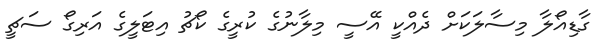
ގާޑިއޯލާ މިސާލަކަށް ދެއްކީ އޭސީ މިލާނުގެ ކުރީގެ ކޯޗު އިޓަލީގެ އަރިގޯ ސަޗީ